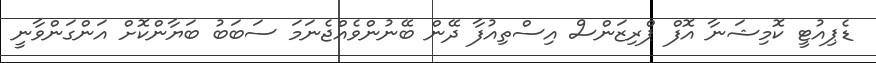
ޑެޕިއުޓީ ކޮމިޝަނާ އޮފް ޕްރިޒަންސް އިސްތިއުފާ ދޭން ބޭނުންވެއްޖެނަމަ ސަބަބު ބަޔާންކޮށް އަންގަންވާނީ